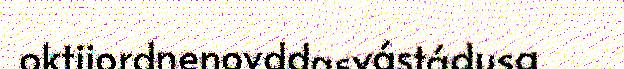
oktiiordnenovddasvástádusa